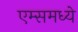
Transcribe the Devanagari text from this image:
एम्समध्ये